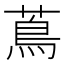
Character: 蔦